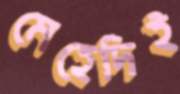
মেহেদিই